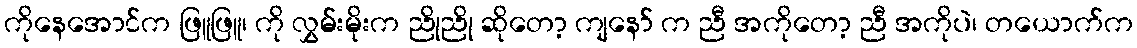
ကိုနေအောင်က ဖြူဖြူ၊ ကို လွှမ်းမိုးက ညိုညို ဆိုတော့ ကျနော် က ညီ အကိုတော့ ညီ အကိုပဲ၊ တယောက်က